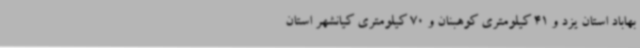
بهاباد استان یزد و 41 کیلومتری کوهبنان و 70 کیلومتری کیانشهر استان